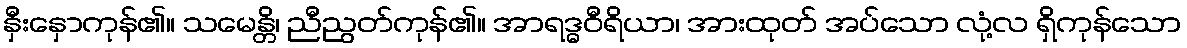
နှီးနှောကုန်၏။ သမေန္တိ၊ ညီညွတ်ကုန်၏။ အာရဒ္ဓဝီရိယာ၊ အားထုတ် အပ်သော လုံ့လ ရှိကုန်သော